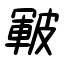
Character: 皸